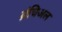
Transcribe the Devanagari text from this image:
ब्रंचिअल